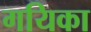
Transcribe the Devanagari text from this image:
गयिका